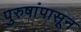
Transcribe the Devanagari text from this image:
पुरुषांपासून